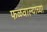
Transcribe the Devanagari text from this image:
फळवाल्याच्या